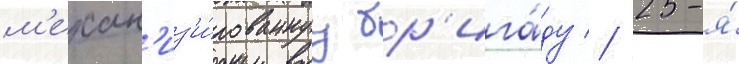
м'ехан'из'и́рованнуу бр'ига́ду // 25-я́